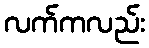
လက်ကလည်း